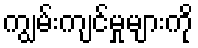
ကျွမ်းကျင်မှုများကို